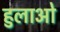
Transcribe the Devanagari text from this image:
हुलाओ